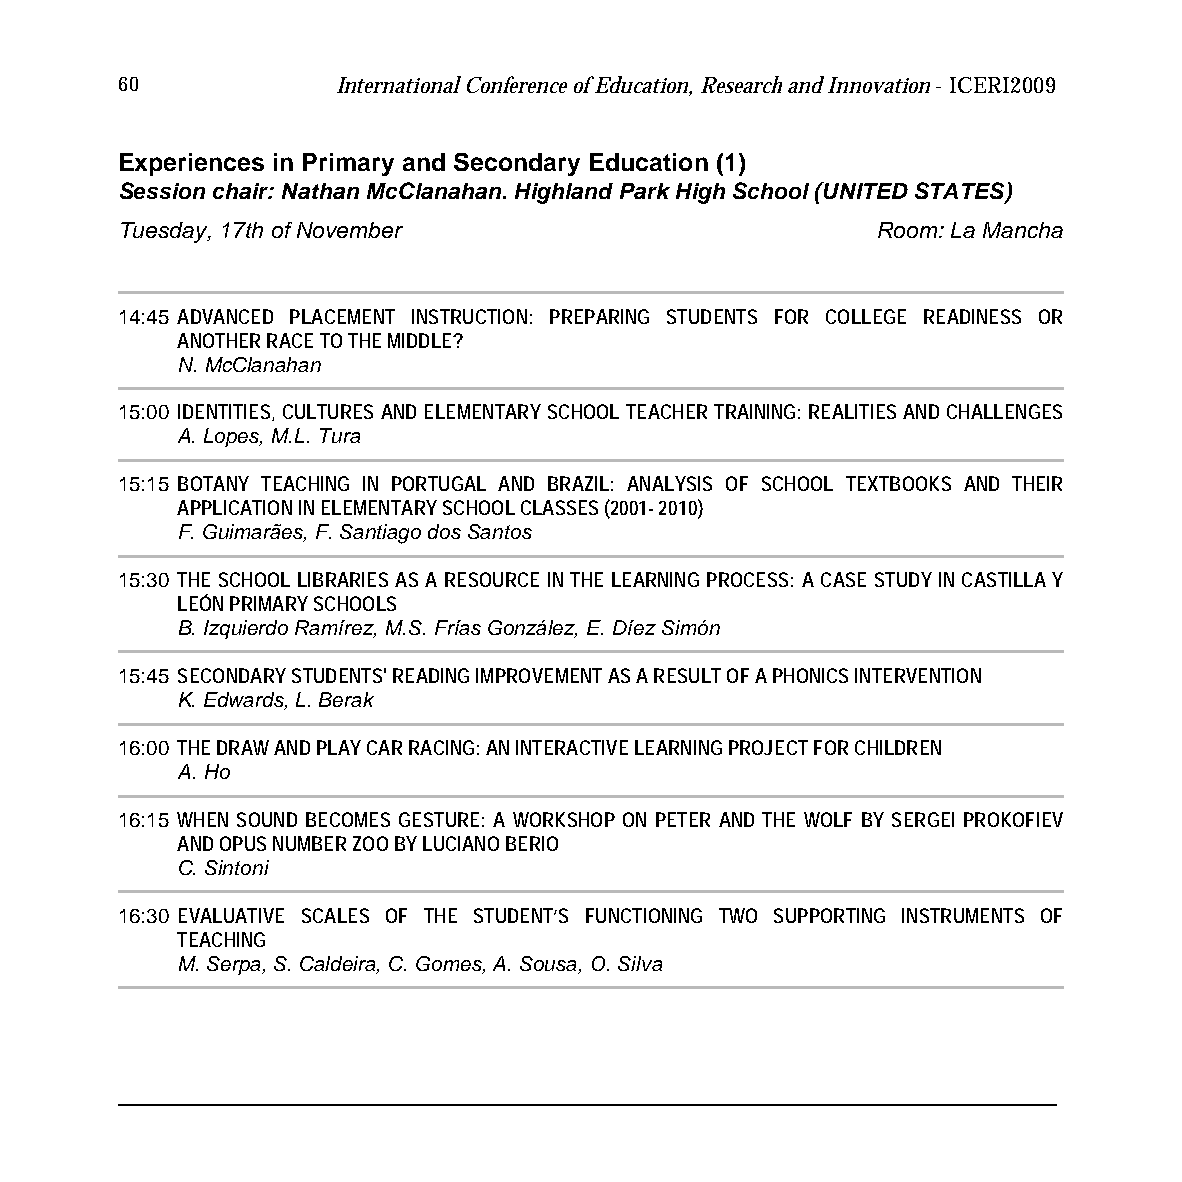
60            International Conference of Education, Research and Innovation - ICERI2009
 Experiences in Primary and Secondary Education (1)
 Session chair: Nathan McClanahan. Highland Park High School (UNITED STATES)
 Tuesday, 17th of November                         Room: La Mancha
 14:45 ADVANCED PLACEMENT INSTRUCTION: PREPARING STUDENTS FOR COLLEGE READINESS OR
 ANOTHER RACE TO THE MIDDLE?
 N. McClanahan
 15:00 IDENTITIES, CULTURES AND ELEMENTARY SCHOOL TEACHER TRAINING: REALITIES AND CHALLENGES
 A. Lopes, M.L. Tura
 15:15 BOTANY TEACHING IN PORTUGAL AND BRAZIL: ANALYSIS OF SCHOOL TEXTBOOKS AND THEIR
 APPLICATION IN ELEMENTARY SCHOOL CLASSES (2001- 2010)
 F. Guimarães, F. Santiago dos Santos
 15:30 THE SCHOOL LIBRARIES AS A RESOURCE IN THE LEARNING PROCESS: A CASE STUDY IN CASTILLA Y
 LEÓN PRIMARY SCHOOLS
 B. Izquierdo Ramírez, M.S. Frías González, E. Díez Simón
 15:45 SECONDARY STUDENTS' READING IMPROVEMENT AS A RESULT OF A PHONICS INTERVENTION
 K. Edwards, L. Berak
 16:00 THE DRAW AND PLAY CAR RACING: AN INTERACTIVE LEARNING PROJECT FOR CHILDREN
 A. Ho
 16:15 WHEN SOUND BECOMES GESTURE: A WORKSHOP ON PETER AND THE WOLF BY SERGEI PROKOFIEV
 AND OPUS NUMBER ZOO BY LUCIANO BERIO
 C. Sintoni
 16:30 EVALUATIVE SCALES OF THE STUDENT’S FUNCTIONING TWO SUPPORTING INSTRUMENTS OF
 TEACHING
 M. Serpa, S. Caldeira, C. Gomes, A. Sousa, O. Silva